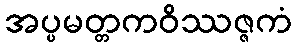
အပ္ပမတ္တကဝိဿဇ္ဇကံ